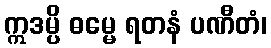
ဣဒမ္ပိ ဓမ္မေ ရတနံ ပဏီတံ၊